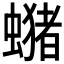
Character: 𧒇